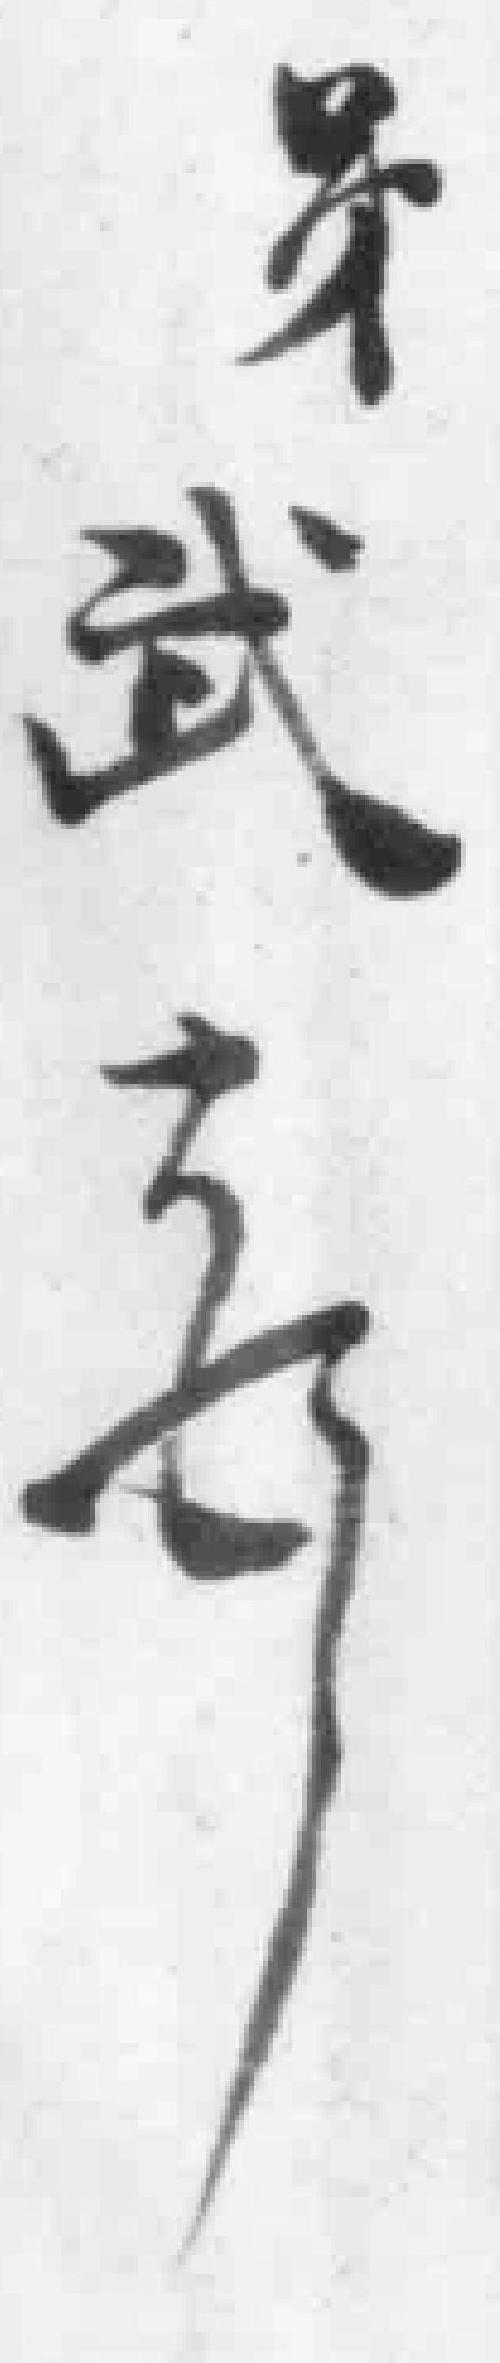
弟武奇